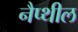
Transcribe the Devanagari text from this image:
नैप्थील